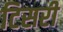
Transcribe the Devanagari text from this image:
टिसरी